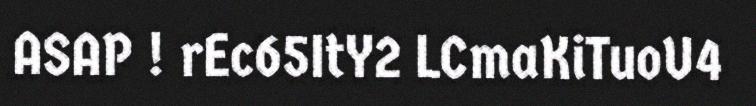
ASAP ! rEc65ItY2 LCmaKiTuoU4